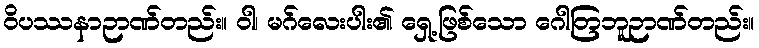
ဝိပဿနာဉာဏ်တည်း။ ဝါ၊ မဂ်လေးပါး၏ ရှေ့ဖြစ်သော ဂေါတြဘူဉာဏ်တည်း။